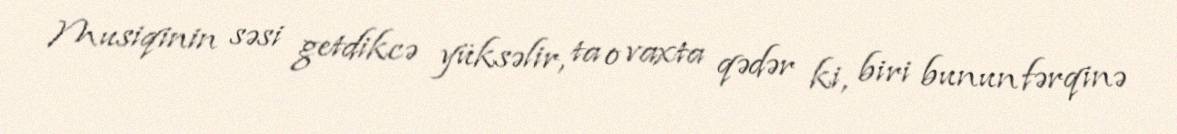
Musiqinin səsi getdikcə yüksəlir, ta o vaxta qədər ki, biri bunun fərqinə